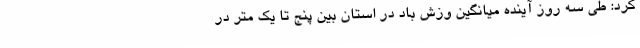
کرد: طی سه روز آینده میانگین وزش باد در استان بین پنج تا یک متر در